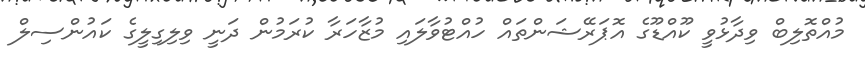
މުއްތޮލިބް ވިދާޅުވީ ކޫއްޑޫގެ އޮޕަރޭޝަންތައް ހުއްޓުވާލައި މުޒާހަރާ ކުރަމުން ދަނީ ވިލިގިލީގެ ކައުންސިލް